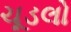
ચૂડલો